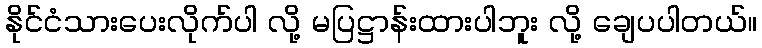
နိုင်ငံသားပေးလိုက်ပါ လို့ မပြဋ္ဌာန်းထားပါဘူး လို့ ချေပပါတယ်။